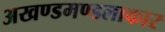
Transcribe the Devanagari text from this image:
अखण्डमण्डलाकार